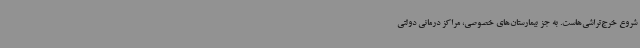
شروع خرج‌تراشی‌هاست. به‌ جز بیمارستان‌های خصوصی، مراکز درمانی دولتی